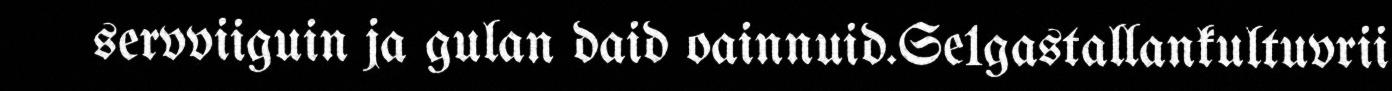
servviiguin ja gulan daid oainnuid.Se1gastallankultuvrii